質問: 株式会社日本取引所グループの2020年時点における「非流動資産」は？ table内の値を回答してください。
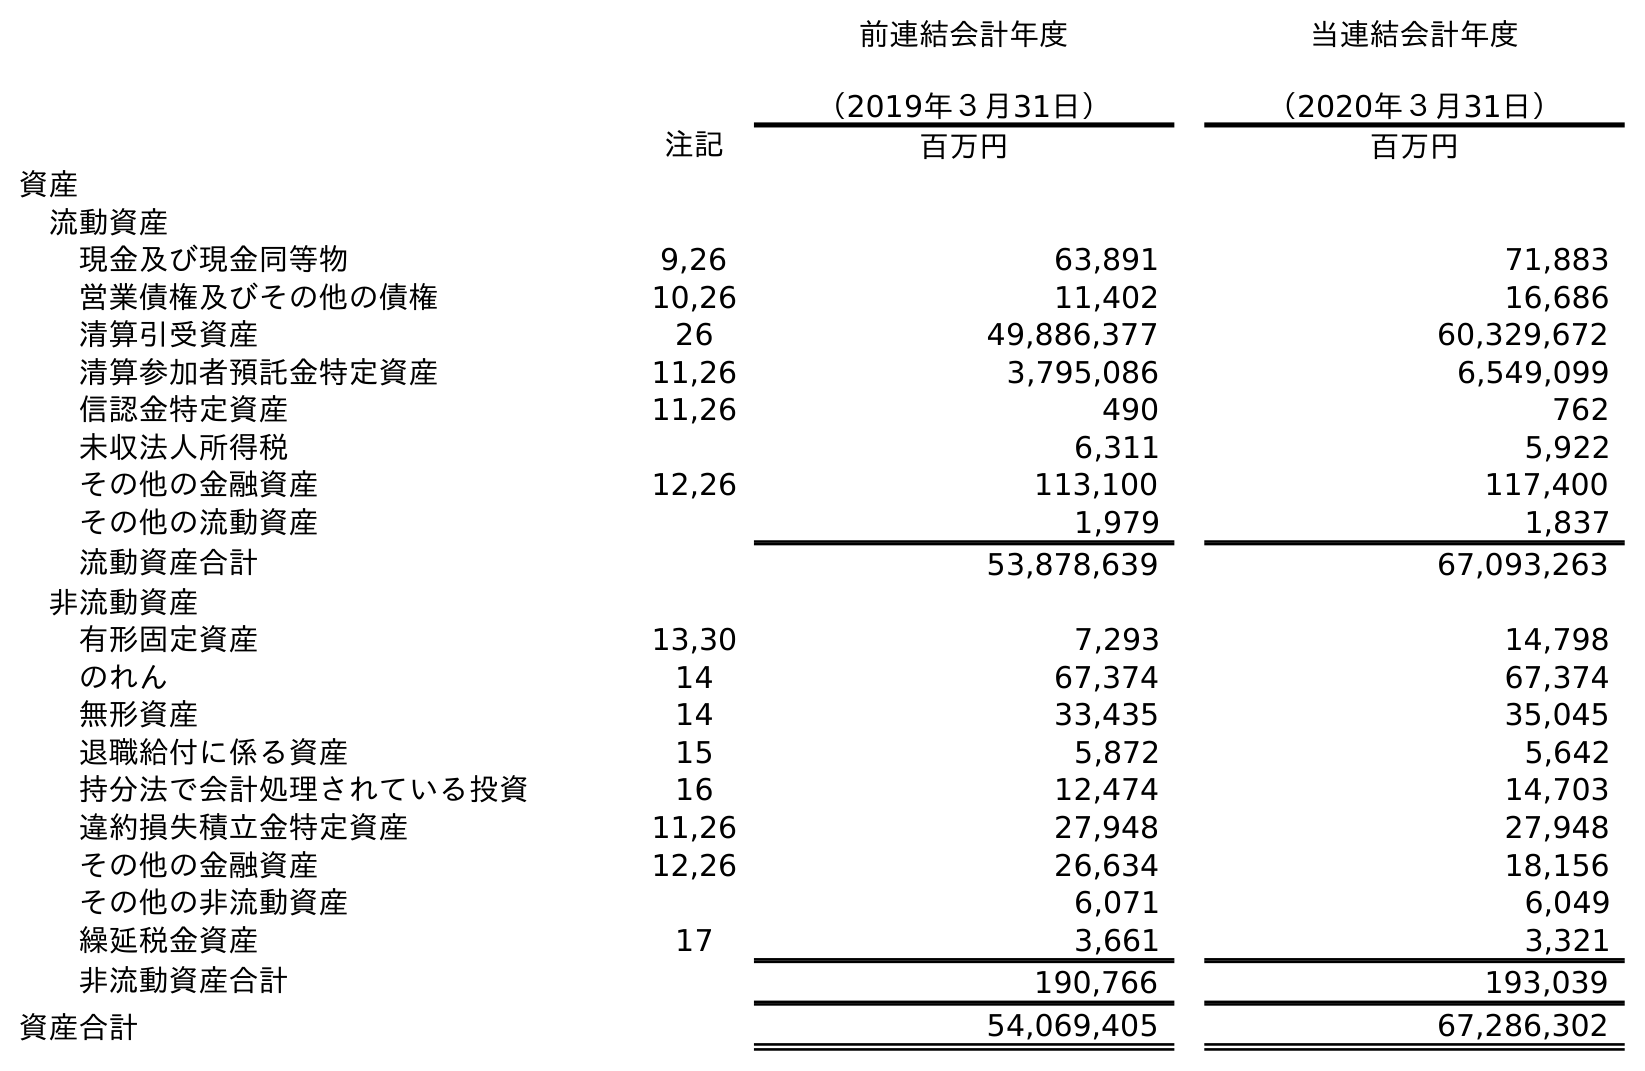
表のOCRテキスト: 前連結会計年度 （2019年３月31日） 当連結会計年度 （2020年３月31日） 注記 百万円 百万円 資産 流動資産 現金及び現金同等物 9,26 63,891 71,883 営業債権及びその他の債権 10,26 11,402 16,686 清算引受資産 26 49,886,377 60,329,672 清算参加者預託金特定資産 11,26 3,795,086 6,549,099 信認金特定資産 11,26 490 762 未収法人所得税 6,311 5,922 その他の金融資産 12,26 113,100 117,400 その他の流動資産 1,979 1,837 流動資産合計 53,878,639 67,093,263 非流動資産 有形固定資産 13,30 7,293 14,798 のれん 14 67,374 67,374 無形資産 14 33,435 35,045 退職給付に係る資産 15 5,872 5,642 持分法で会計処理されている投資 16 12,474 14,703 違約損失積立金特定資産 11,26 27,948 27,948 その他の金融資産 12,26 26,634 18,156 その他の非流動資産 6,071 6,049 繰延税金資産 17 3,661 3,321 非流動資産合計 190,766 193,039 資産合計 54,069,405 67,286,302
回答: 193,039